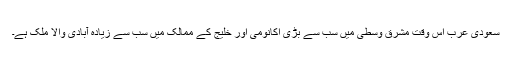
سعودی عرب اس وقت مشرق وسطیٰ میں سب سے بڑی اکانومی اور خلیج کے ممالک میں سب سے زیادہ آبادی والا ملک ہے۔